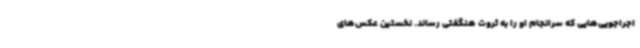
اجراجویی‌هایی که سرانجام او را به ثروت هنگفتی رساند. نخستین عکس‌های